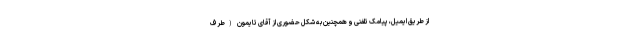
از طریق ایمیل، پیامک تلفنی و همچنین به شکل حضوری از آقای تایمون (طرف